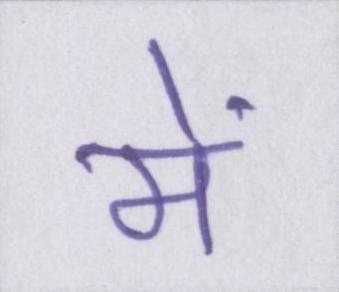
में